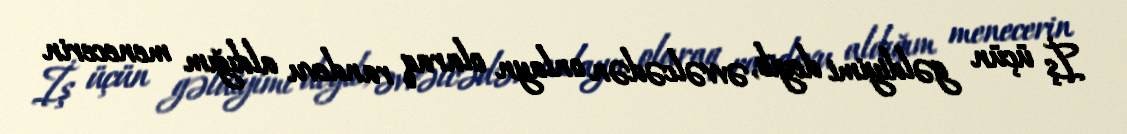
İş üçün gəldiyimi deyib, əvvəlcədən onlayn olaraq randevu aldığım menecerin